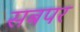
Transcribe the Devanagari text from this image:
सबपर